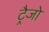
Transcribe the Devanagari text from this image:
ट्रैजो